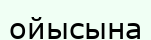
ойысына